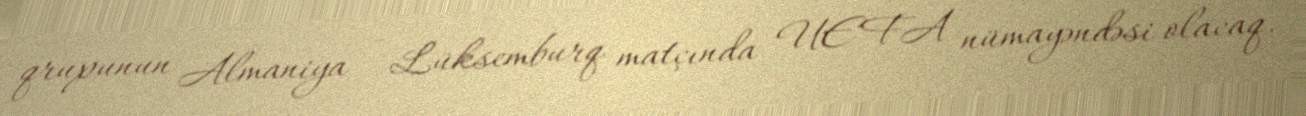
qrupunun Almaniya - Lüksemburq matçında UEFA nümayəndəsi olacaq.